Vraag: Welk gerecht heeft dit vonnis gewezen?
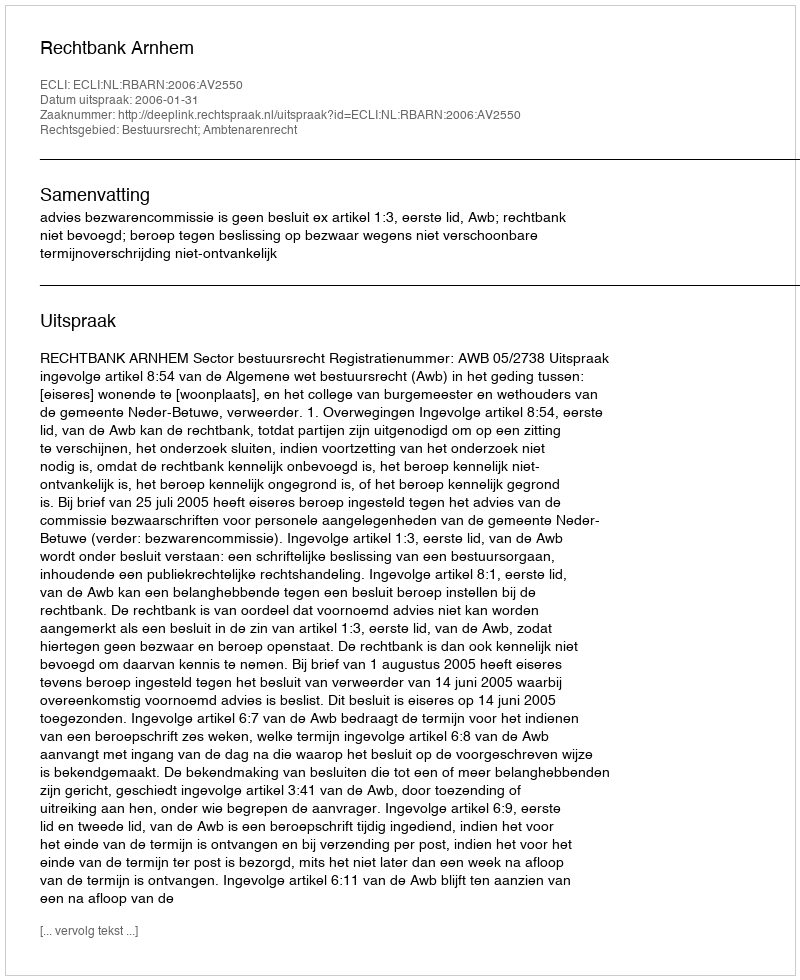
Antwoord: Rechtbank Arnhem